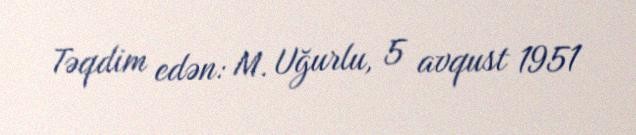
Təqdim edən: M. Uğurlu, 5 avqust 1951